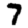
Digit: 7